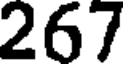
267